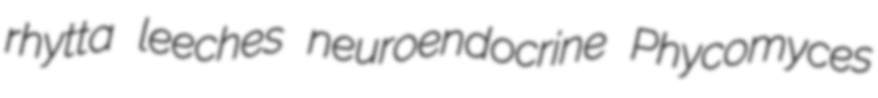
rhytta leeches neuroendocrine Phycomyces